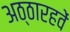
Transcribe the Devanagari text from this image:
अठ्ठारहवें